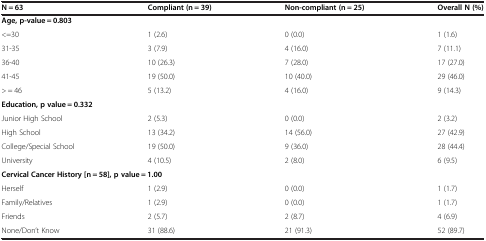
| N = 63 | Compliant (n = 39) | Non-compliant (n = 25) | Overall N (%) |
 | --- | --- | --- | --- |
 | <COLSPAN=4> Age, p-value = 0.803 |
 | <=30 | 1 (2.6) | 0 (0.0) | 1 (1.6) |
 | 31-35 | 3 (7.9) | 4 (16.0) | 7 (11.1) |
 | 36-40 | 10 (26.3) | 7 (28.0) | 17 (27.0) |
 | 41-45 | 19 (50.0) | 10 (40.0) | 29 (46.0) |
 | > = 46 | 5 (13.2) | 4 (16.0) | 9 (14.3) |
 | <COLSPAN=4> Education, p value = 0.332 |
 | Junior High School | 2 (5.3) | 0 (0.0) | 2 (3.2) |
 | High School | 13 (34.2) | 14 (56.0) | 27 (42.9) |
 | College/Special School | 19 (50.0) | 9 (36.0) | 28 (44.4) |
 | University | 4 (10.5) | 2 (8.0) | 6 (9.5) |
 | <COLSPAN=4> Cervical Cancer History [n = 58], p value = 1.00 |
 | Herself | 1 (2.9) | 0 (0.0) | 1 (1.7) |
 | Family/Relatives | 1 (2.9) | 0 (0.0) | 1 (1.7) |
 | Friends | 2 (5.7) | 2 (8.7) | 4 (6.9) |
 | None/Don’t Know | 31 (88.6) | 21 (91.3) | 52 (89.7) |